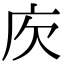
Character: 𢇣